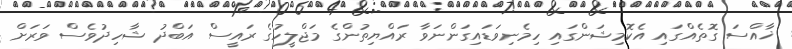
ޚާއްސަ ގޮތެއްގައި އެކޮމިޝަންގައި ހިމެނިވަޑައިގަންނަވާ ރައްޔިތުންގެ މަޖްލީހުގެ ރައީސް އަބްދު ޝާހިދުވެސް ވަރަށް